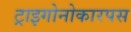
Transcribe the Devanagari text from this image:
ट्राइगोनोकारपस